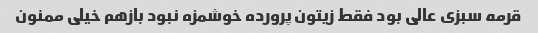
قرمه سبزی عالی بود فقط زیتون پرورده خوشمزه نبود بازهم خیلی ممنون